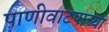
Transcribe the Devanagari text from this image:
पाणीवाटपाच्या